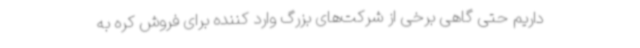
داریم حتی گاهی برخی از شرکت‌های بزرگ وارد کننده برای فروش کره به